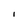
Character: I